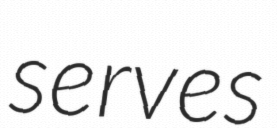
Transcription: serves